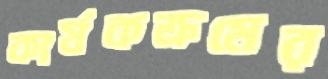
কার্যকক্রমের